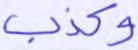
وكذب